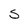
Character: S